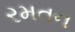
રમતન